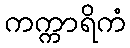
ကက္ကာရိကံ